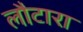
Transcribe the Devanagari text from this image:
लौटारा